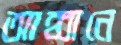
আহ্বানে